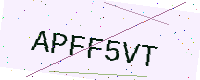
Text: APFF5VT